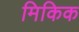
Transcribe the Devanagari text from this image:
मिकिक